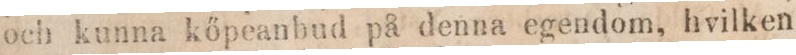
och kunna kőpeanbud på denna egendom, hvilken